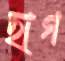
ছাগ